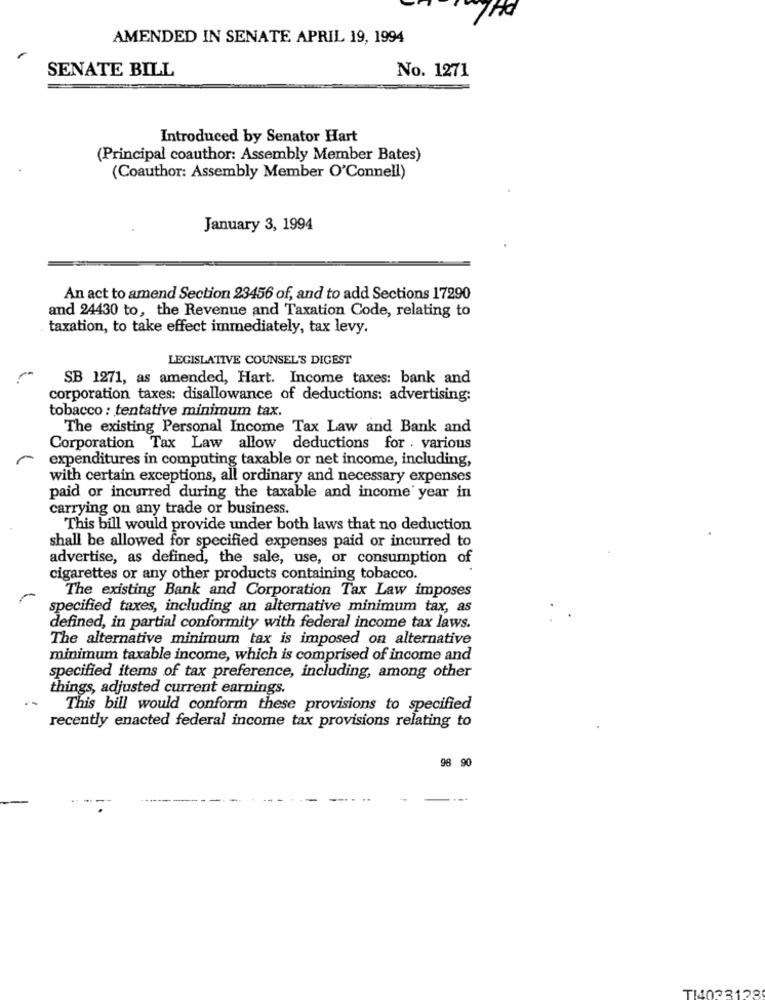
7Hd
AMENDED IN SENATE APRIL 19, 1994
SENATE BILL
No. 1271
Introduced by Senator Hart
(Principal coauthor: Assembly Member Bates)
(Coauthor: Assembly Member O'Connell)
January 3, 1994
An act to amend Section 23456 of, and to add Sections 17290
and 24430 to, the Revenue and Taxation Code, relating to
taxation, to take effect immediately, tax levy.
LEGISLATIVE COUNSEL'S DIGEST
SB 1271, as amended, Hart. Income taxes: bank and
corporation taxes: disallowance of deductions: advertising:
tobacco : tentative minimum tax.
The existing Personal Income Tax Law and Bank and
Corporation Tax Law allow deductions for . various
expenditures in computing taxable or net income, including,
with certain exceptions, all ordinary and necessary expenses
paid or incurred during the taxable and income year in
carrying on any trade or business.
This bill would provide under both laws that no deduction
shall be allowed for specified expenses paid or incurred to
advertise, as defined, the sale, use, or consumption of
cigarettes or any other products containing tobacco.
The existing Bank and Corporation Tax Law imposes
specified taxes, including an alternative minimum tax, as
defined, in partial conformity with federal income tax laws.
The alternative minimum tax is imposed on alternative
minimum taxable income, which is comprised of income and
specified items of tax preference, including, among other
things, adjusted current earnings.
This bill would conform these provisions to specified
recently enacted federal income tax provisions relating to
98 90
TI4023123